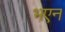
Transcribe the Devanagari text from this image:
भएन